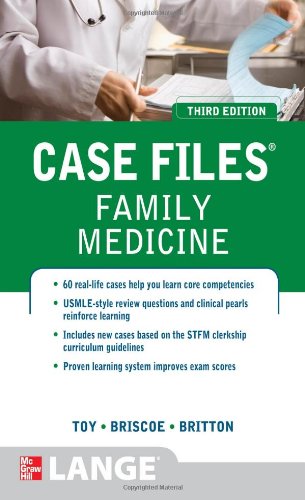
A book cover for Case Files Family Medicine, Third Edition (LANGE Case Files); Eugene Toy; Test Preparation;